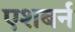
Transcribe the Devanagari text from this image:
एशबर्न